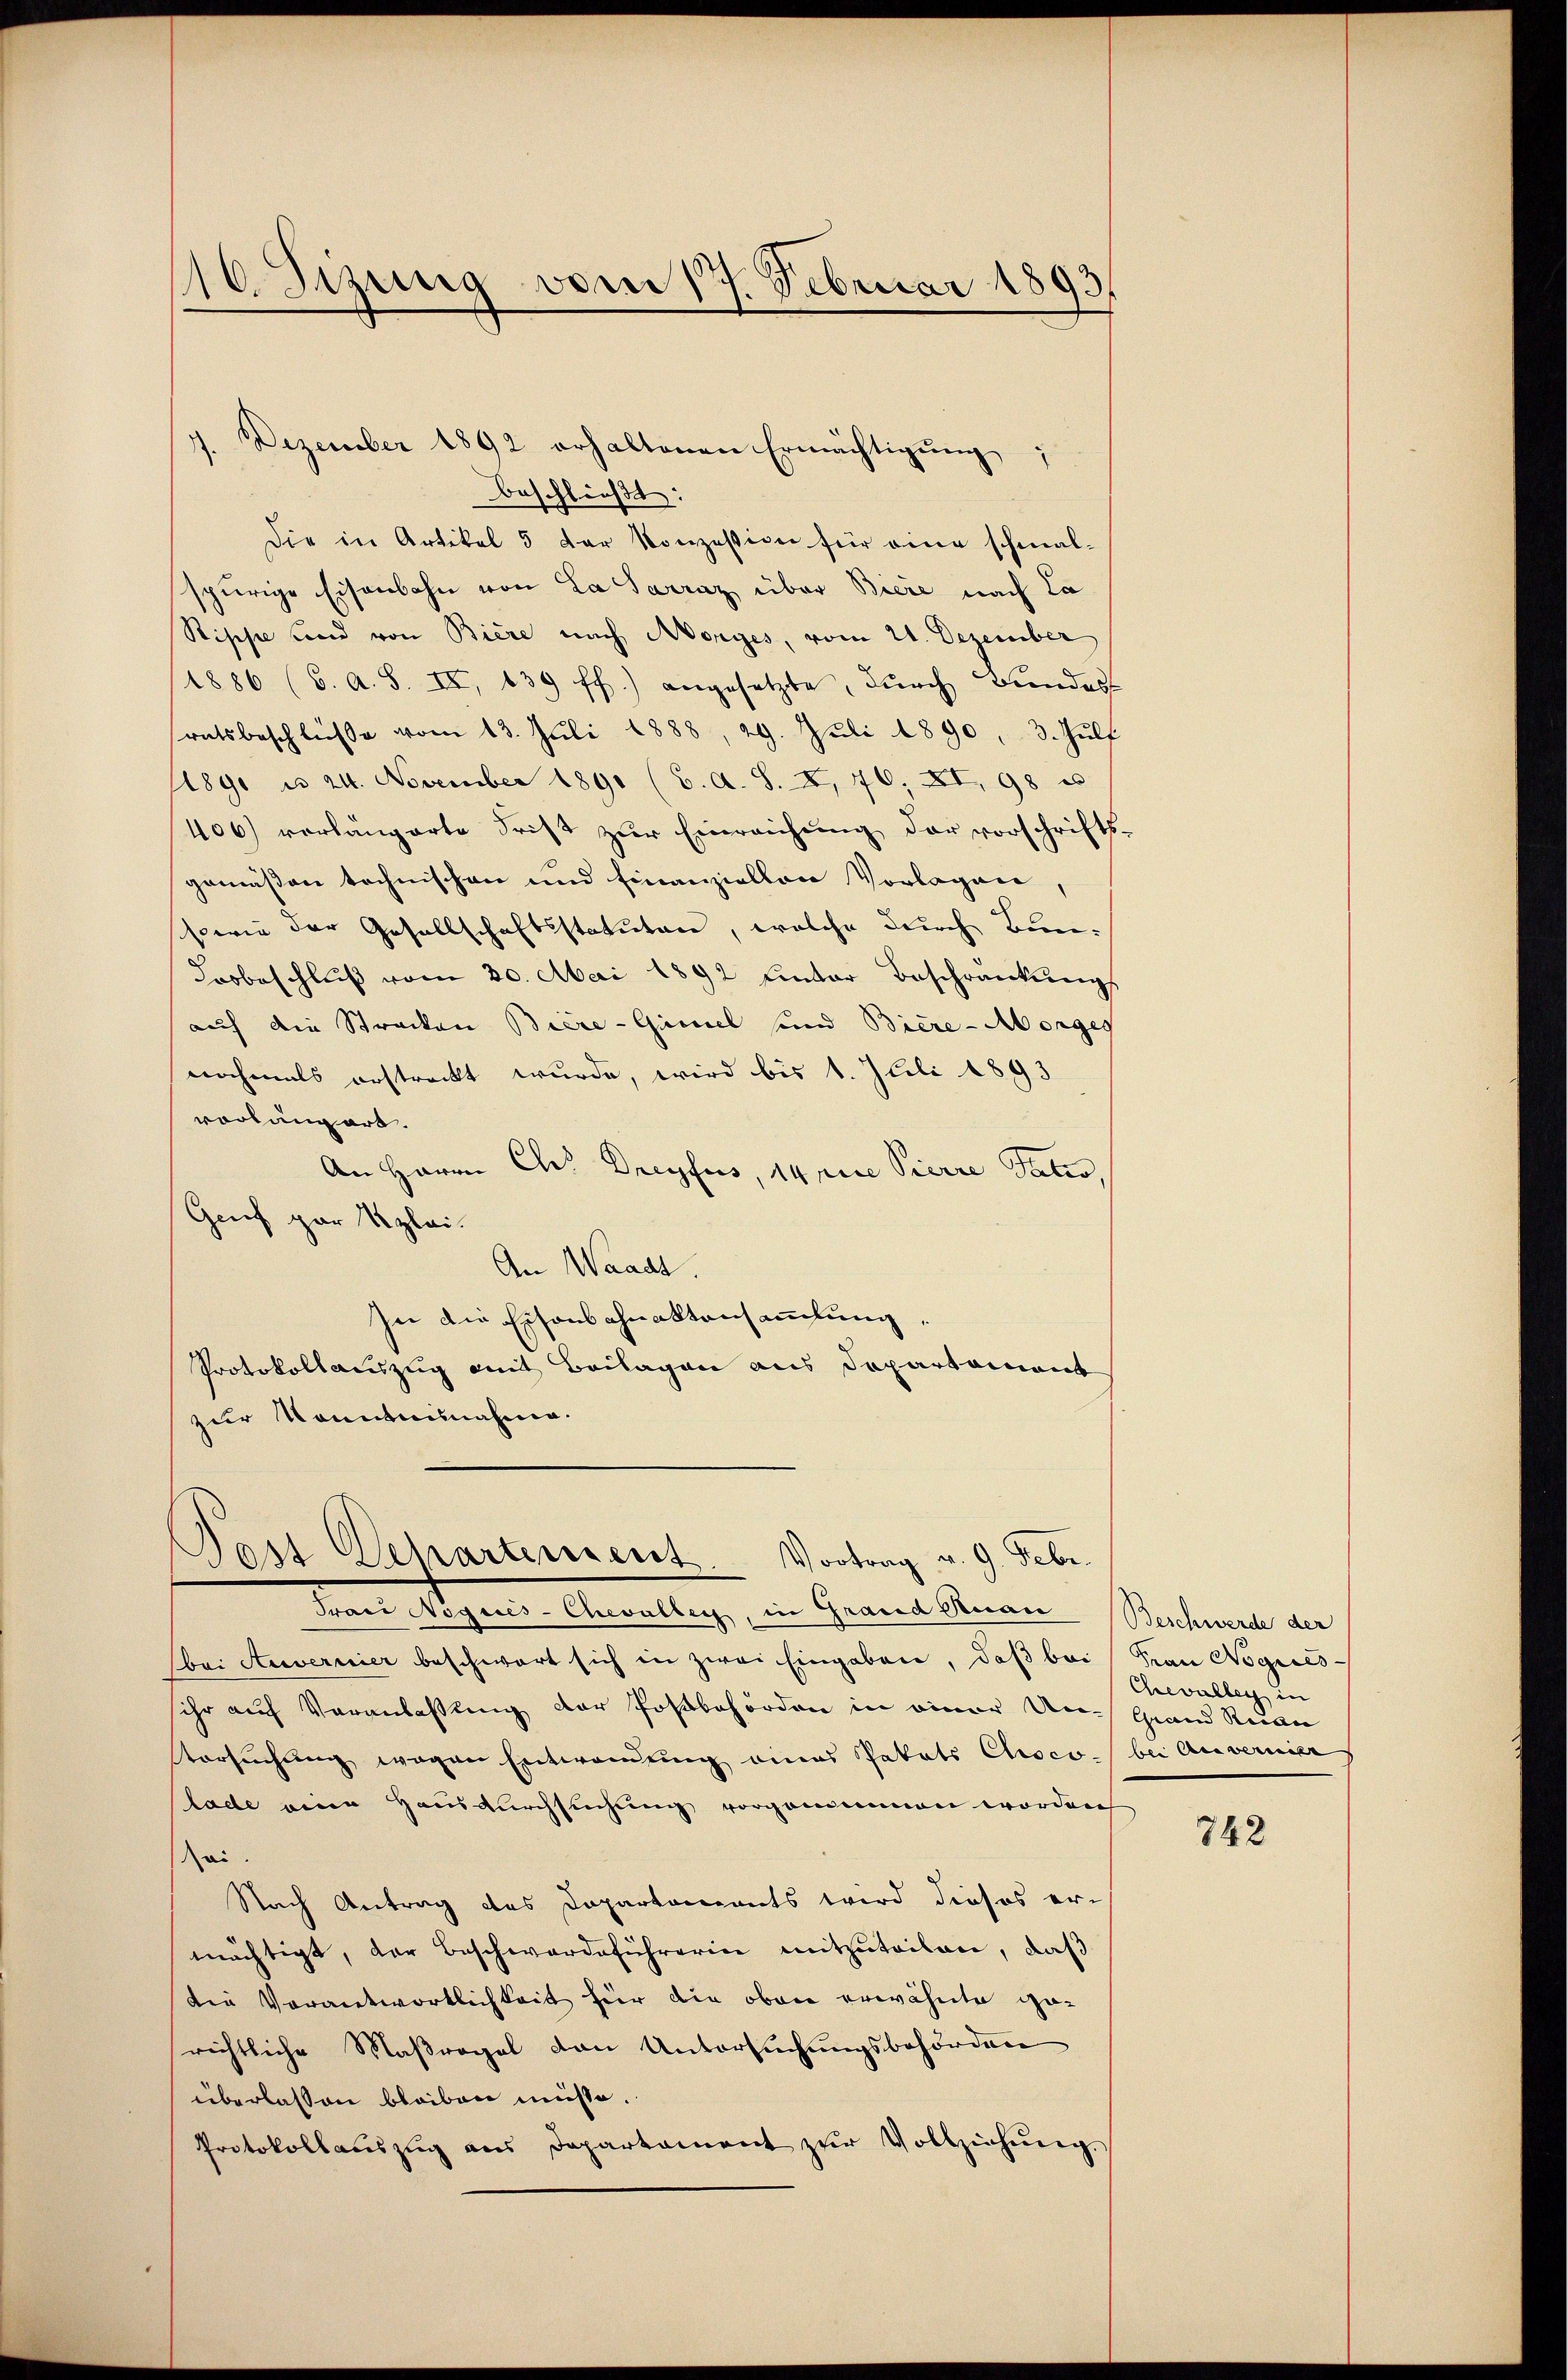
16. Sizung vom 17. Februar 1893
u

Dezember 1892 erhaltenen Ermächtigŭng:
beschließt:
Die in Artikel 5 der Konzession für eine schmal-
spurige Eisenbahn von La Sarraz über Biere nach La
Rippe und von Biere nach Morges, vom 21. Dezember
1886 (6. A. S. II, 139 ff.) angesetzte, dŭrch Bundest
ratsbeschlüβe vom 13. Juli 1888, 29. Juli 1890, 3. Hülf
/1890 n 24. November 1891 (6. A. S. XI, 76, XI, 98 u
406) vorlängerte Frist zŭr Einreichung der vorschrifts-
gemäßen technischen und finanziellen Vorlagen,
ssowie der Gesellschaftsstatuten, welche durch Bun¬
Losbeschluß vom 30. Mai 1892 unter Beschränkungs
auf die Strecken Biere-Gimel sind Biere-Morges
nochmals erstreckt wurde, wird bis 1. Juli 1893
vorlängert.
An Herrn Ch. Dreyfus, 14 rice Pierre Patro,
Genf gar klei¬
An Waadt.
In die Eisenbahnaktansammlung,
Protokollauszug mit Beilagen aus Departament
zur Konntennahme.

Das Departement.
Vortrag v. 9. Febr.

Frari Noqués-Chevallen, in Grand Renau Beschwerde der
bei Auvernier beschwart sich in zwei Eingaben, daß bei Frau Nogries-
sihr auf Veranlassung der Postbehörden in einer Un-Grand Ruan
Versuchung wegen Entwendung eines Pakets Choco bei Anvernier
lade eine Hausdurchsuchung vorgenommen worden
ei.
Nach Antrag des Departements wird dieses ermächtigt, der Beschwerdeführerin mitzuteilen, daß
die Verantwortlichkeit für die oben erwähnte gerichtliche Maßregel von Untersuchungsbehörden
überlassen bleiben müsse.
Protokollaŭszŭg ans Departament zŭr Vollziehŭng.

Chevalleg in

742